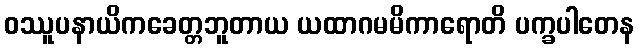
ဝဿူပနာယိကခေတ္တဘူတာယ ယထာဂမမိကာရောတိ ပက္ခပါတေန